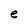
Character: e